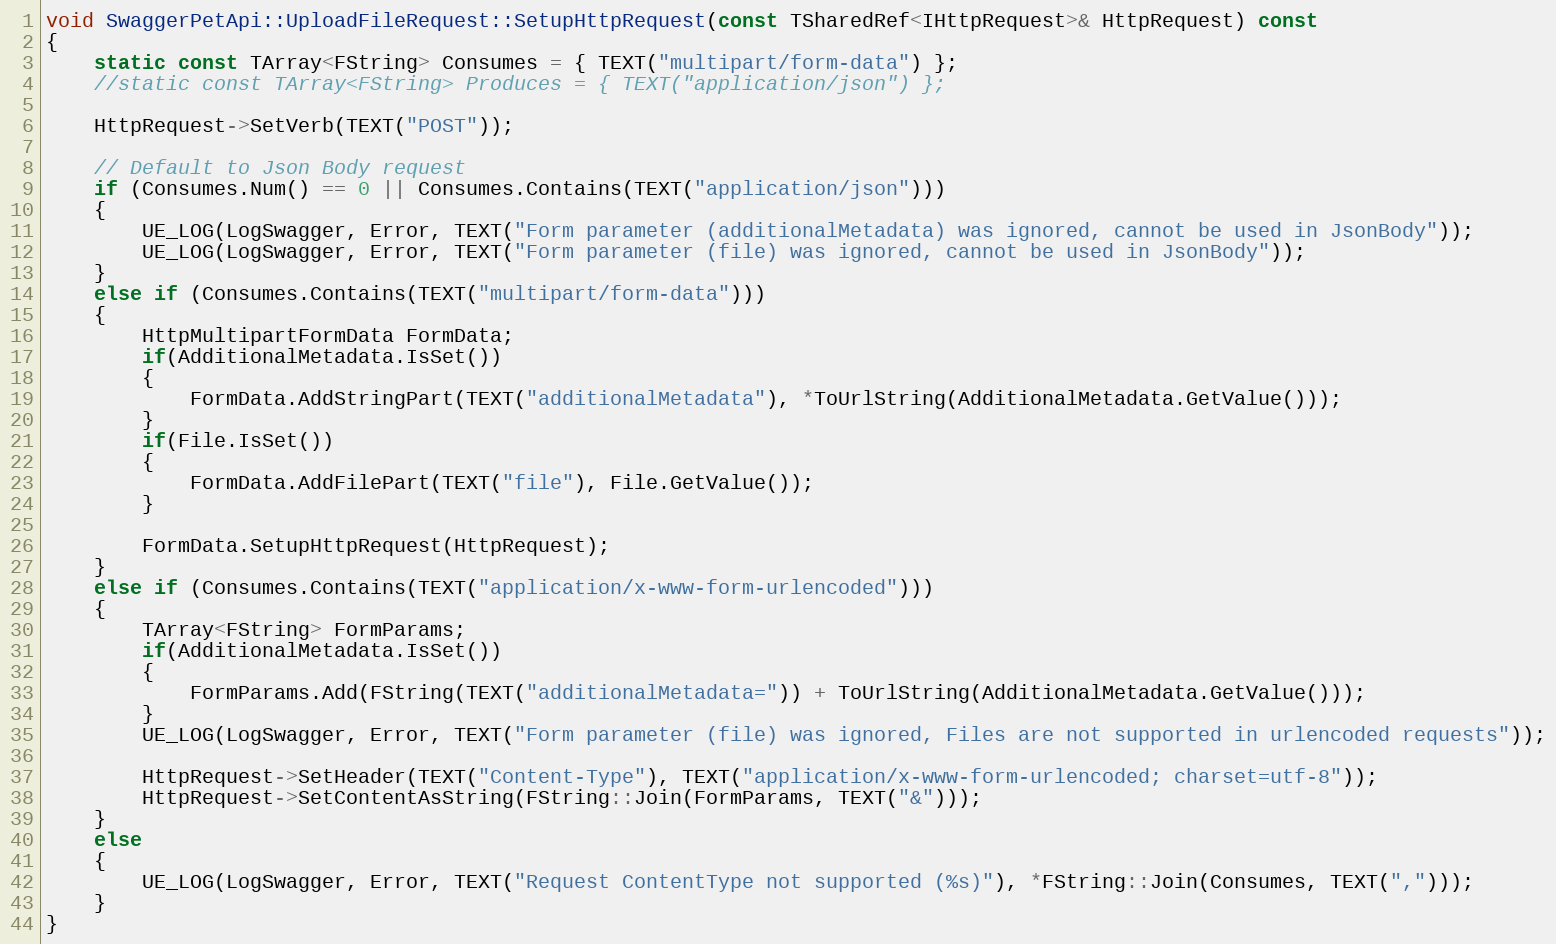
Language: C++
void SwaggerPetApi::UploadFileRequest::SetupHttpRequest(const TSharedRef<IHttpRequest>& HttpRequest) const
{
	static const TArray<FString> Consumes = { TEXT("multipart/form-data") };
	//static const TArray<FString> Produces = { TEXT("application/json") };

	HttpRequest->SetVerb(TEXT("POST"));

	// Default to Json Body request
	if (Consumes.Num() == 0 || Consumes.Contains(TEXT("application/json")))
	{
		UE_LOG(LogSwagger, Error, TEXT("Form parameter (additionalMetadata) was ignored, cannot be used in JsonBody"));
		UE_LOG(LogSwagger, Error, TEXT("Form parameter (file) was ignored, cannot be used in JsonBody"));
	}
	else if (Consumes.Contains(TEXT("multipart/form-data")))
	{
		HttpMultipartFormData FormData;
		if(AdditionalMetadata.IsSet())
		{
			FormData.AddStringPart(TEXT("additionalMetadata"), *ToUrlString(AdditionalMetadata.GetValue()));
		}
		if(File.IsSet())
		{
			FormData.AddFilePart(TEXT("file"), File.GetValue());
		}

		FormData.SetupHttpRequest(HttpRequest);
	}
	else if (Consumes.Contains(TEXT("application/x-www-form-urlencoded")))
	{
		TArray<FString> FormParams;
		if(AdditionalMetadata.IsSet())
		{
			FormParams.Add(FString(TEXT("additionalMetadata=")) + ToUrlString(AdditionalMetadata.GetValue()));
		}
		UE_LOG(LogSwagger, Error, TEXT("Form parameter (file) was ignored, Files are not supported in urlencoded requests"));

		HttpRequest->SetHeader(TEXT("Content-Type"), TEXT("application/x-www-form-urlencoded; charset=utf-8"));
		HttpRequest->SetContentAsString(FString::Join(FormParams, TEXT("&")));
	}
	else
	{
		UE_LOG(LogSwagger, Error, TEXT("Request ContentType not supported (%s)"), *FString::Join(Consumes, TEXT(",")));
	}
}